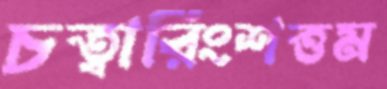
চত্বারিংশত্তম